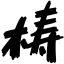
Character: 梼